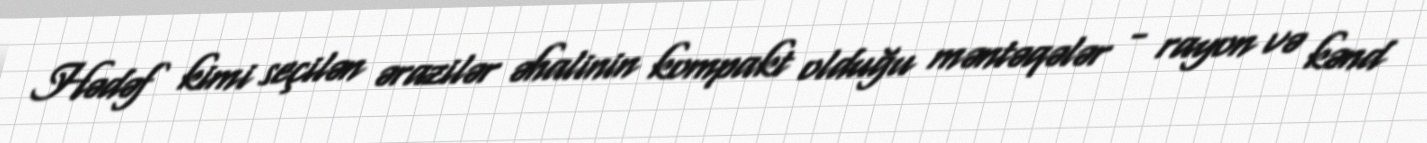
Hədəf kimi seçilən ərazilər əhalinin kompakt olduğu məntəqələr - rayon və kənd